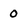
Character: 0